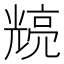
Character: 𭀴